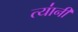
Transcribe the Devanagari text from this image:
त्या॑नी